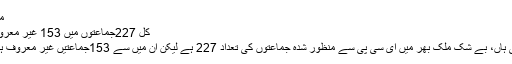
مثلاً
کل 227جماعتوں میں 153 غیر معروف
جی ہاں، بے شک ملک بھر میں ای سی پی سے منظور شدہ جماعتوں کی تعداد 227 ہے لیکن ان میں سے 153جماعتیں غیر معروف ہیں۔